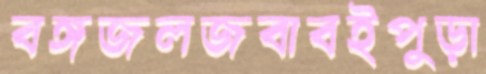
বঙ্গজলজবাবইপুড়া